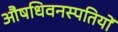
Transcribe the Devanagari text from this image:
औषधिवनस्पतियों